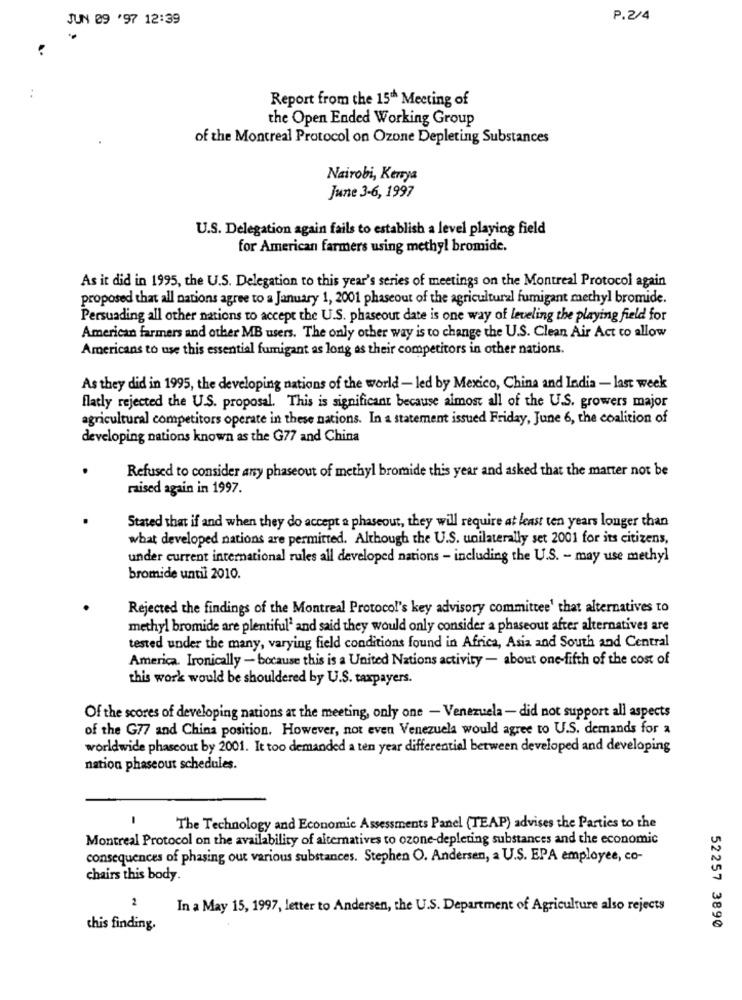
JUN 09 '97 12:39
P.2/4
:
Report from the 150 Meeting of
the Open Ended Working Group
of the Montreal Protocol on Ozone Depleting Substances
Nairobi, Kenya
June 3-6, 1997
U.S. Delegation again fails to establish a level playing field
for American farmers using methyl bromide.
As it did in 1995, the U.S. Delegation to this year's series of meetings on the Montreal Protocol again
proposed that all nations agree to a January 1, 2001 phaseout of the agricultural fumigant methyl bromide.
Persuading all other nations to accept the U.S. phaseout date is one way of leveling the playing field for
American farmers and other MB users. The only other way is to change the U.S. Clean Air Act to allow
Americans to use this essential fumigant as long as their competitors in other nations.
As they did in 1995, the developing nations of the world - led by Mexico, China and India - last week
flatly rejected the U.S. proposal. This is significant because almost all of the U.S. growers major
agricultural competitors operate in these nations. In a statement issued Friday, June 6, the coalition of
developing nations known as the G77 and China
Refused to consider any phaseout of methyl bromide this year and asked that the marter not be
raised again in 1997.
Stated that if and when they do accept a phaseout, they will require at least ten years longer than
what developed nations are permitted. Although the U.S. unilaterally set 2001 for its citizens,
under current international rules all developed nations - including the U.S. - may use methyl
bromide until 2010.
Rejected the findings of the Montreal Protocol's key advisory committee' that alternatives to
methyl bromide are plentiful' and said they would only consider a phaseout after alternatives are
tested under the many, varying field conditions found in Africa, Asia and South and Central
America. Ironically - bocause this is a United Nations activity - about one-fifth of the cost of
this work would be shouldered by U.S. taxpayers.
Of the scores of developing nations at the meeting, only one - Venezuela - did not support all aspects
of the G77 and China position. However, not even Venezuela would agree to U.S. demands for a
worldwide phaseout by 2001. It too demanded a ten year differential between developed and developing
nation phaseout schedules.
The Technology and Economic Assessments Panel (TEAP) advises the Parties to the
Montreal Protocol on the availability of alternatives to ozone-depleting substances and the economic
consequences of phasing out various substances. Stephen O. Andersen, a U.S. EPA employee, co-
chairs this body.
2
In a May 15, 1997, letter to Andersen, the U.S. Department of Agriculture also rejects
chis finding.
52257 3890